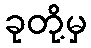
ခုတို့မှ